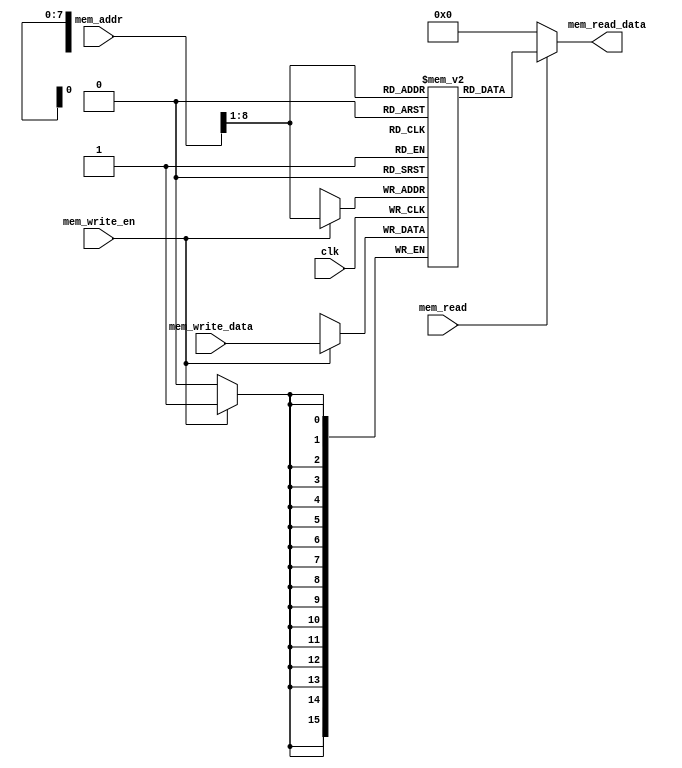
//16 bit wide data memory with 256 locations

module data_memory(
    input clk,
    input [15:0] mem_addr, mem_write_data,
    input mem_read, mem_write_en,
    output [15:0]  mem_read_data
);


    integer i;
    reg [15:0] ram[255:0];
    wire [7:0] ram_addr = mem_addr[8:1];            //why only one part assigned

    //initializing ram addr with zeros

    initial begin
        for( i = 0; i < 256; i = i+1)
            ram[i] <= 16'd0;
    end

    always @(posedge clk)
    begin
        if ( mem_write_en)
            ram[ram_addr] <= mem_write_data;
    end

    assign mem_read_data = (mem_read == 1'b1) ? ram[ram_addr] : 16'd0;
endmodule